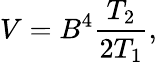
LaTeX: V=B^{4}\frac{T_{2}}{2T_{1}},